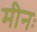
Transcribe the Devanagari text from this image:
मीनः